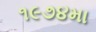
૧૯૭૪મા